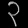
Digit: ၃